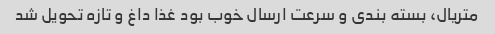
متریال، بسته بندی و سرعت ارسال خوب بود غذا داغ و تازه تحویل شد